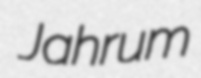
Jahrum